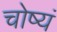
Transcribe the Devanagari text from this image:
चोष्यं